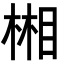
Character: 𣕦